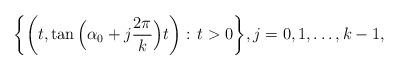
LaTeX: \begin{align*}\bigg\{\bigg(t,\tan\Big(\alpha_0+j\frac{2\pi}k\Big) t \bigg):\,t>0 \bigg\}, j=0,1,\dots,k-1,\end{align*}